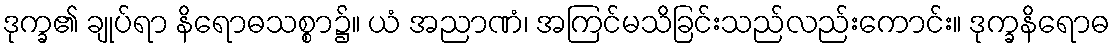
ဒုက္ခ၏ ချုပ်ရာ နိရောဓသစ္စာ၌။ ယံ အညာဏံ၊ အကြင်မသိခြင်းသည်လည်းကောင်း။ ဒုက္ခနိရောဓ